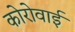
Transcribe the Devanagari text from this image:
कोरोवाई